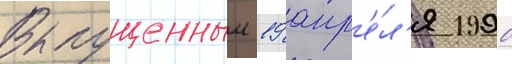
Выпущенныи 19 апр'е́л'я 1990